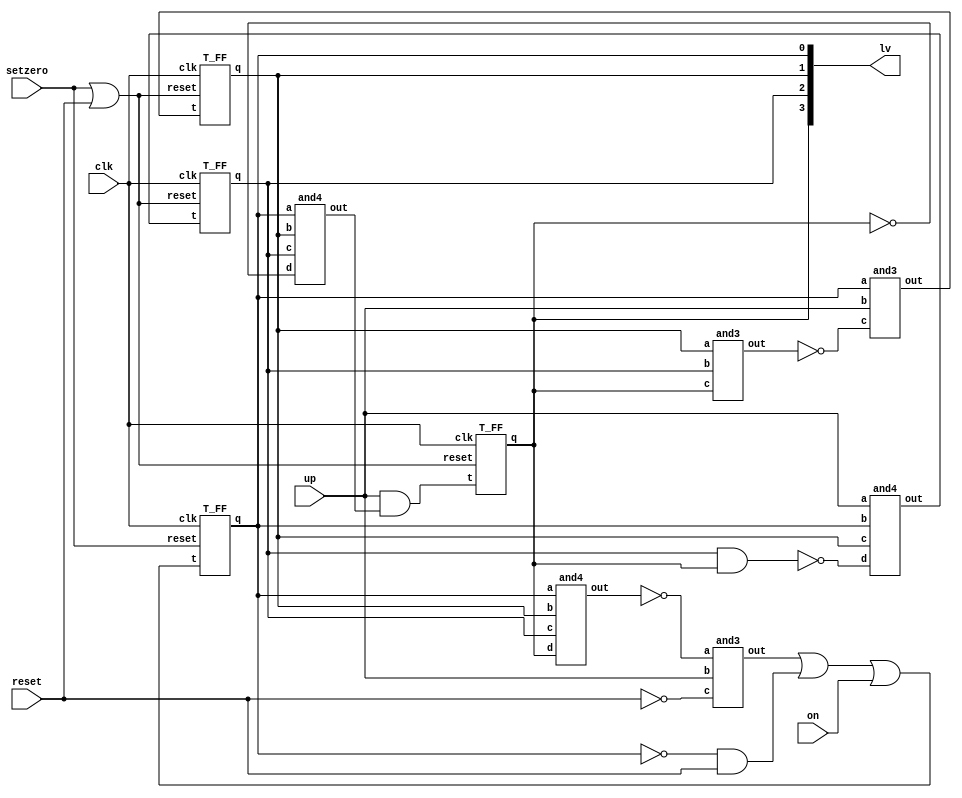
module lvMEM (lv,up,on,setzero,reset,clk);
    output [3:0] lv;
    input up,on,setzero,reset,clk;
    wire t0,t1,t2,t3;

    // t0 in tff0
    wire t0_OtoO,t0_3AtoO,t0_AtoO,t0_NtoA,t0_Nto3A0,t0_Nto3A1,t0_4AtoN;
    or t0o0 (t0,t0_OtoO,on);
    or t0o1 (t0_OtoO,t0_3AtoO,t0_AtoO);
    and t0a0 (t0_AtoO,t0_NtoA,reset);
    not t0n0 (t0_NtoA,lv[0]);
    and3 t03A (t0_3AtoO,t0_Nto3A0,up,t0_Nto3A1);
    not t0n1 (t0_Nto3A0,t0_4AtoN);
    not t0n2 (t0_Nto3A1,reset);
    and4 t04A (t0_4AtoN,lv[0],lv[1],lv[2],lv[3]);

    // t1 in tff1
    wire t1_Nto3A,t1_3AtoN;
    and3 t13A0 (t1,lv[0],up,t1_Nto3A);
    not t1n (t1_Nto3A,t1_3AtoN);
    and3 t13A1 (t1_3AtoN,lv[1],lv[2],lv[3]);

    // t2 in tff2
    wire t2_Nto4A,t2_AtoN;
    and4 t24A (t2,up,lv[0],lv[1],t2_Nto4A);
    not t2n (t2_Nto4A,t2_AtoN);
    and t2a (t2_AtoN,lv[2],lv[3]);

    // t3 in tff3
    wire t3_4AtoA,t3_Nto4A;
    and t3a (t3,up,t3_4AtoA);
    and4 t34A (t3_4AtoA,lv[0],lv[1],lv[2],t3_Nto4A);
    not t3n (t3_Nto4A,lv[3]);

    wire reset1,reset2,reset3;
    or re1 (reset1,setzero,reset);
    or re2 (reset2,setzero,reset);
    or re3 (reset3,setzero,reset);
    T_FF tff0 (lv[0],t0,setzero,clk);
    T_FF tff1 (lv[1],t1,reset1,clk);
    T_FF tff2 (lv[2],t2,reset2,clk);
    T_FF tff3 (lv[3],t3,reset3,clk);
endmodule

module T_FF (q, t, reset, clk);
	output q;
	input t,reset,clk;
	wire d;

	xor x1(d,q,t);
	D_FF d1(q,d,reset,clk);
endmodule

module D_FF (q, d, reset, clk);
	output q;
	input d,reset,clk;
	reg q;
	
	always @(posedge reset or posedge clk)
		if (reset)
  			q <= 1'b0;
		else
  			q <= d;
endmodule

module and4 (out,a,b,c,d);
    output out;
    input a,b,c,d;
    wire an0,an1;

    and a0 (an0,a,b);
    and a1 (an1,c,d);
    and a2 (out,an0,an1);
endmodule

module and3 (out,a,b,c);
    output out;
    input a,b,c;
    wire an0;

    and a0 (an0,a,b);
    and a1 (out,an0,c);
endmodule